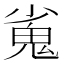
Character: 𮫝